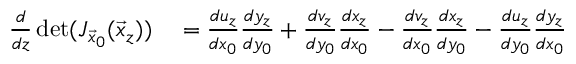
\begin{array} { r l } { \frac { d } { d z } \operatorname* { d e t } ( J _ { \vec { x } _ { 0 } } ( \vec { x } _ { z } ) ) } & { { } = \frac { d u _ { z } } { d x _ { 0 } } \frac { d y _ { z } } { d y _ { 0 } } + \frac { d v _ { z } } { d y _ { 0 } } \frac { d x _ { z } } { d x _ { 0 } } - \frac { d v _ { z } } { d x _ { 0 } } \frac { d x _ { z } } { d y _ { 0 } } - \frac { d u _ { z } } { d y _ { 0 } } \frac { d y _ { z } } { d x _ { 0 } } } \end{array}